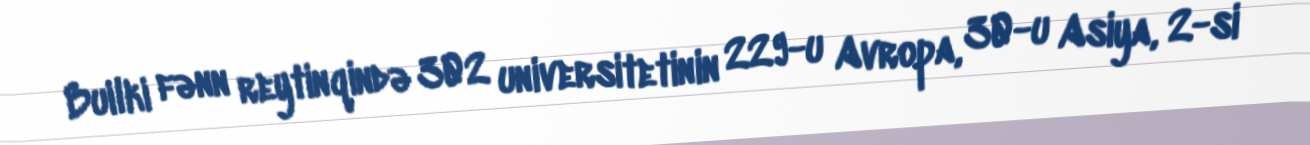
Builki fənn reytinqində 302 universitetinin 229-u Avropa, 30-u Asiya, 2-si